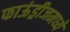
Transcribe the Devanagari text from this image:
फाऊंड्रीजमध्ये